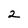
Character: 2